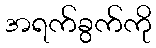
အရက်ခွက်ကို